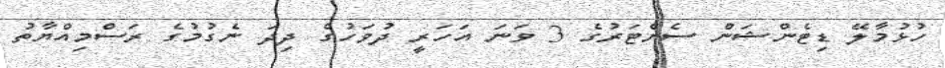
ހުޅުމާލޭ ޑިޓެންޝަން ސެންޓަރުގެ 3 ވަނަ އަހަރީ ދުވަހުގެ ދިދަ ނެގުމުގެ ރަސްމިއްޔާތު